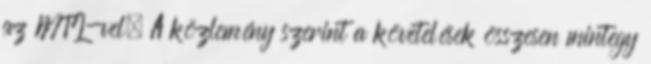
az MTI-vel. A közlemény szerint a követelések összesen mintegy